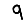
Digit: 9